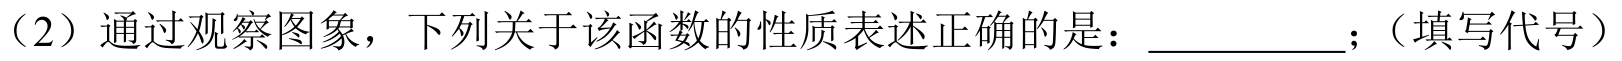
（2）通过观察图象，下列关于该函数的性质表述正确的是：__________；（填写代号）